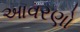
આવરણો